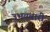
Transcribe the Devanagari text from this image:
उभयचारी